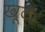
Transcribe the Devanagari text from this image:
खूटै।